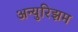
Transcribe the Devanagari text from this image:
अन्युरिझम